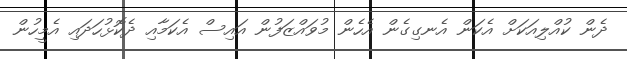
ދެން ކުއްލިއަކަށް އެކަން އެނގިގެން އެހެން މުވައްޒަފުން އައިސް އެކަމާއި ދެކޮޅުހަދައި އެމީހުން